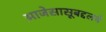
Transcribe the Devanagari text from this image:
आजेसासूबद्दलचे